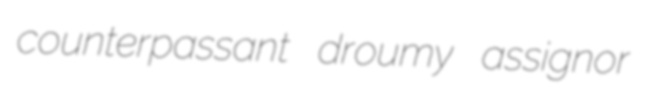
counterpassant droumy assignor